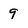
Character: 9